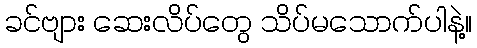
ခင်ဗျား ဆေးလိပ်တွေ သိပ်မသောက်ပါနဲ့။